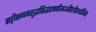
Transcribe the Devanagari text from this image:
सङ्गीतागमशुद्धसिद्धरमणीमञ्जीरधीरध्वनिम्